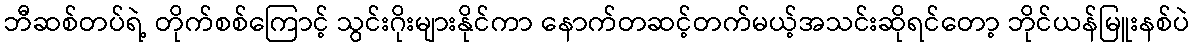
ဘီဆစ်တပ်ရဲ့ တိုက်စစ်ကြောင့် သွင်းဂိုးများနိုင်ကာ နောက်တဆင့်တက်မယ့်အသင်းဆိုရင်တော့ ဘိုင်ယန်မြူးနစ်ပဲ